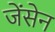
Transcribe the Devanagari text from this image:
जेंसेन